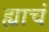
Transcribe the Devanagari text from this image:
ह्याचं